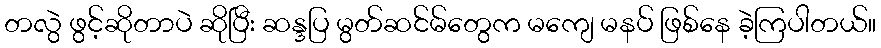
တလွဲ ဖွင့်ဆိုတာပဲ ဆိုပြီး ဆန္ဒပြ မွတ်ဆင်မ်တွေက မကျေ မနပ် ဖြစ်နေ ခဲ့ကြပါတယ်။